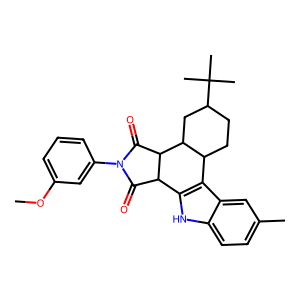
SMILES: COc1cccc(N2C(=O)C3c4[nH]c5ccc(C)cc5c4C4CCC(C(C)(C)C)CC4C3C2=O)c1
Inhibits HIV replication: No